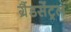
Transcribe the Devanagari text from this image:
ग्रैंडसेंट्रल